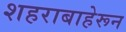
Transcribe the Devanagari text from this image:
शहराबाहेरून